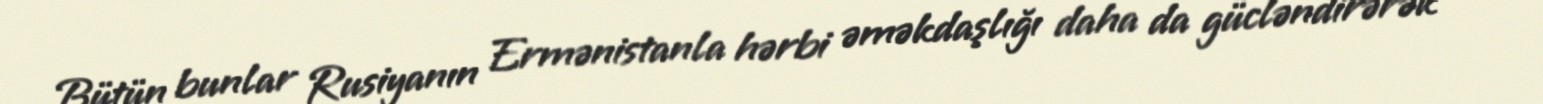
Bütün bunlar Rusiyanın Ermənistanla hərbi əməkdaşlığı daha da gücləndirərək onu